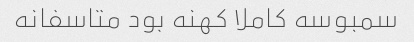
سمبوسه کاملا کهنه بود متاسفانه